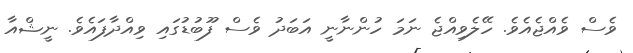
ވެސް ވެއްޖެއެވެ. ހޭލެވިއްޖެ ނަމަ ހުންނާނީ އަބަދު ވެސް ފޫބުޑުގައި ވިއްދާފައެވެ. ނީޝްއާ